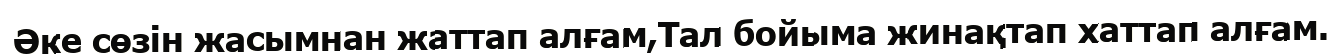
Әке сөзін жасымнан жаттап алғам,Тал бойыма жинақтап хаттап алғам.